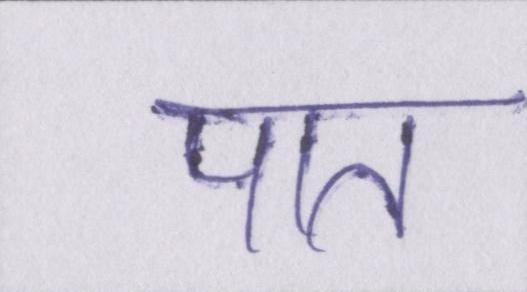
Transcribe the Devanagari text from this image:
पात